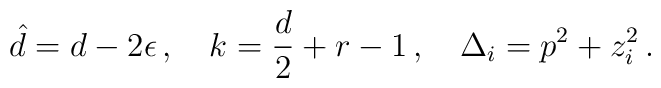
\hat{d}= d-2\epsilon\,, \quad k=\frac{d}{2}+r-1\,,\quad\Delta_i= p^2+z_i^2\,.